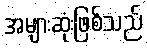
အများဆုံးဖြစ်သည်